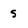
Character: s